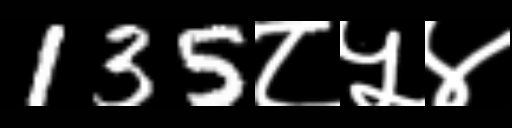
Text: 135८५४